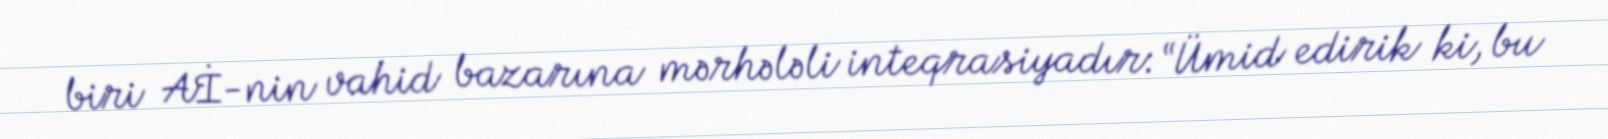
biri Aİ-nin vahid bazarına mərhələli inteqrasiyadır: “Ümid edirik ki, bu